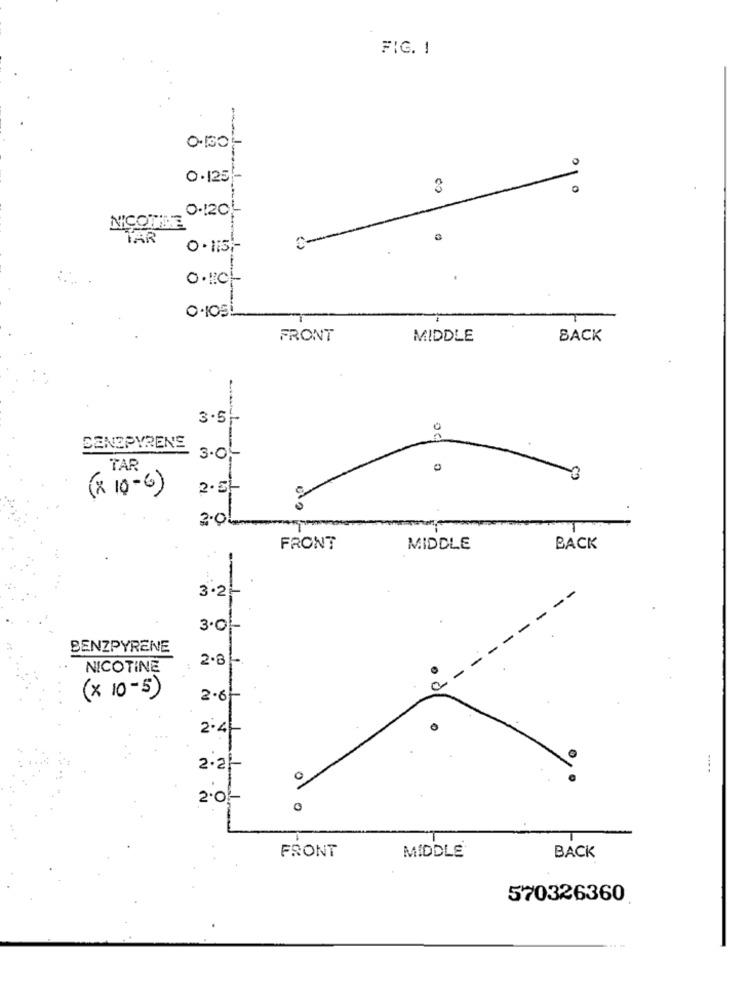
FIG. 1
0 .125|-
3
0.120-
NICOTINE
TAR
0.115 :-
0.110-
FRONT
MIDDLE
BACK
3.51
0
DENZPYRENE
3.0-
TAR
0
( X 10 - 6 )
2.5İ
2.0L
FRONT
MIDDLE
BACK
3.2-
3.01
BENZPYRENE
2.8-
NICOTINE
(x 10-5)
2.6-
2.4-
2.2}
01
0
BACK
FRONT
MIDDLE
570326360